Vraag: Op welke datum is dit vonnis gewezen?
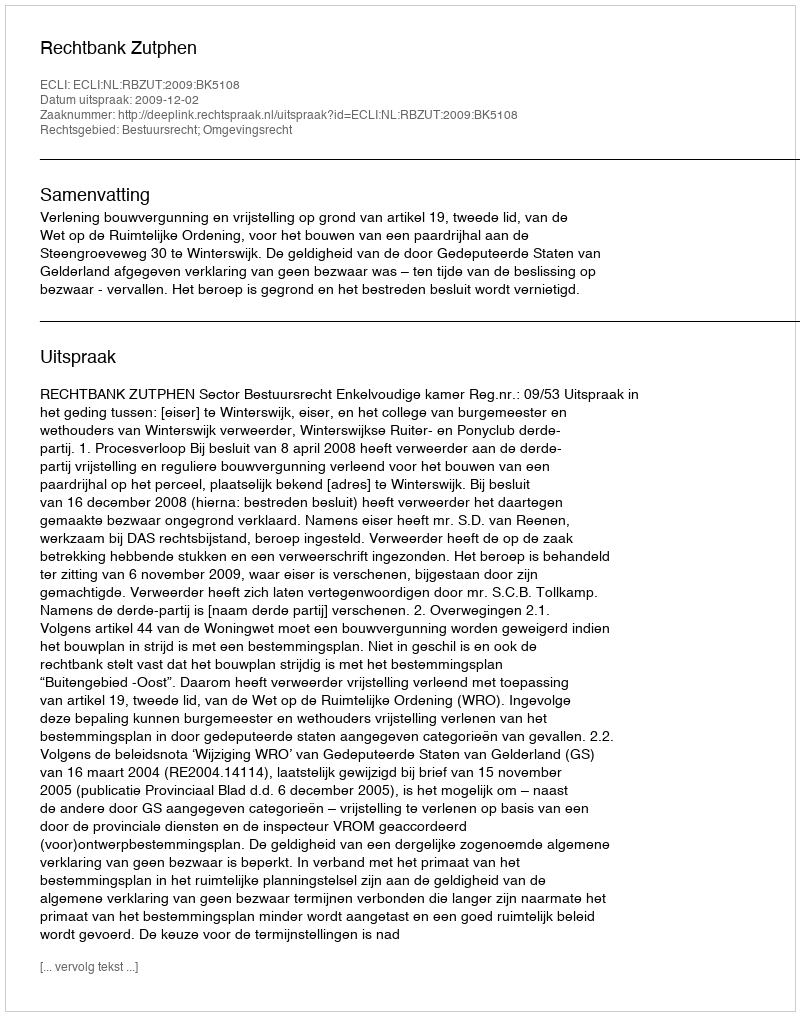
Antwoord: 2009-12-02